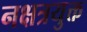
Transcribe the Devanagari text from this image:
नक्षत्रयुक्त